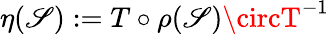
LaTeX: \eta(\mathscr{S}):=T\circ\rho(\mathscr{S})\circT^{-1}